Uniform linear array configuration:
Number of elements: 4
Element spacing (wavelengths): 0.5
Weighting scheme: cosine
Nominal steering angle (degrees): -30
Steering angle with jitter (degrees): -28.237
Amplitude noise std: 0.05
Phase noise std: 0.05

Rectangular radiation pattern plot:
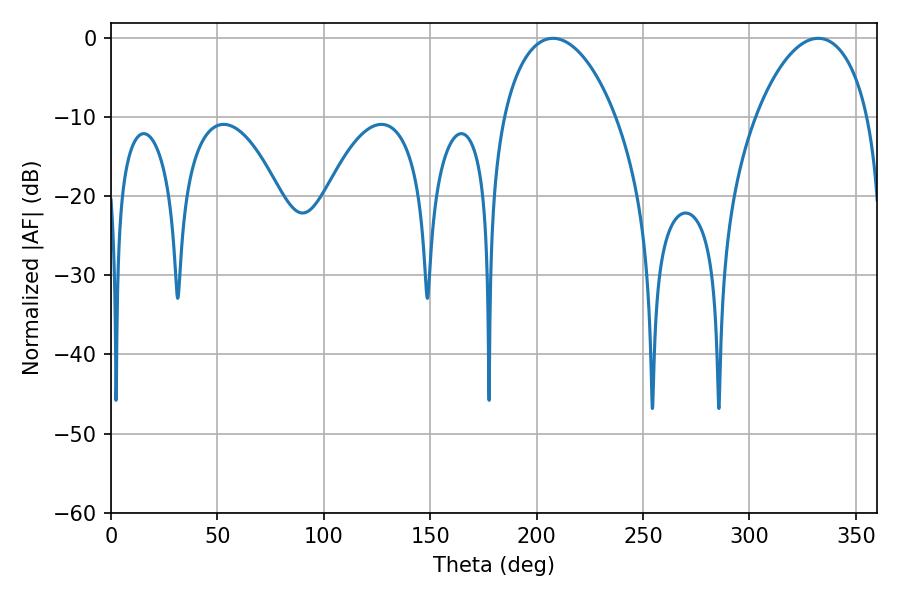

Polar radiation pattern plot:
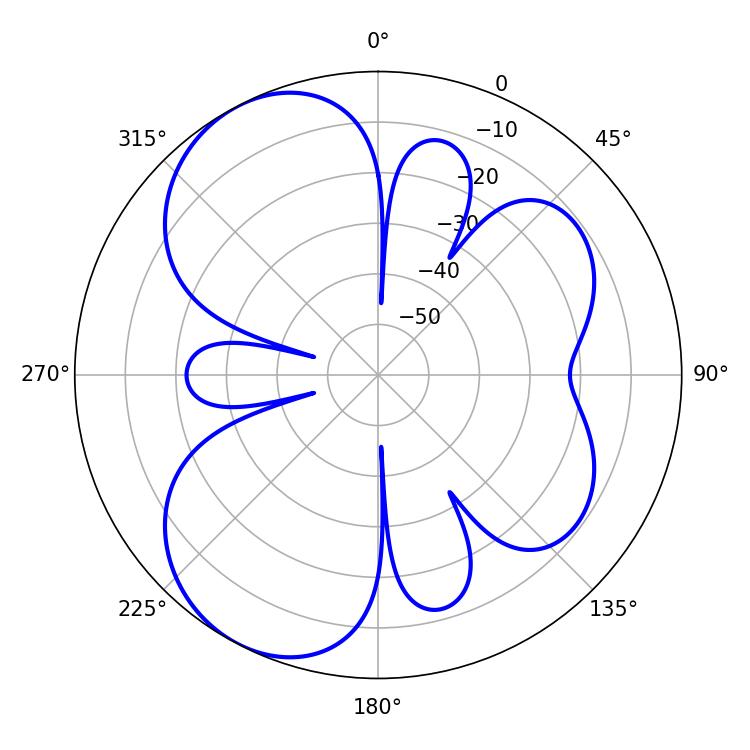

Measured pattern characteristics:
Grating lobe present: FALSE
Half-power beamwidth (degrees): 30.06
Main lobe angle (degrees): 207.72